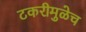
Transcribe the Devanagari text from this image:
टकरीमुळेच